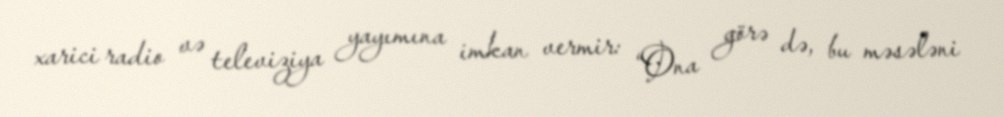
xarici radio və televiziya yayımına imkan vermir: “Ona görə də, bu məsələni